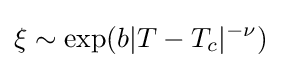
\xi \sim \exp(b|T-T_{c}|^{-\nu })